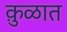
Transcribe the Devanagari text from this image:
कु़ळात